Leningradi_Edasi_toimetus, lk 146
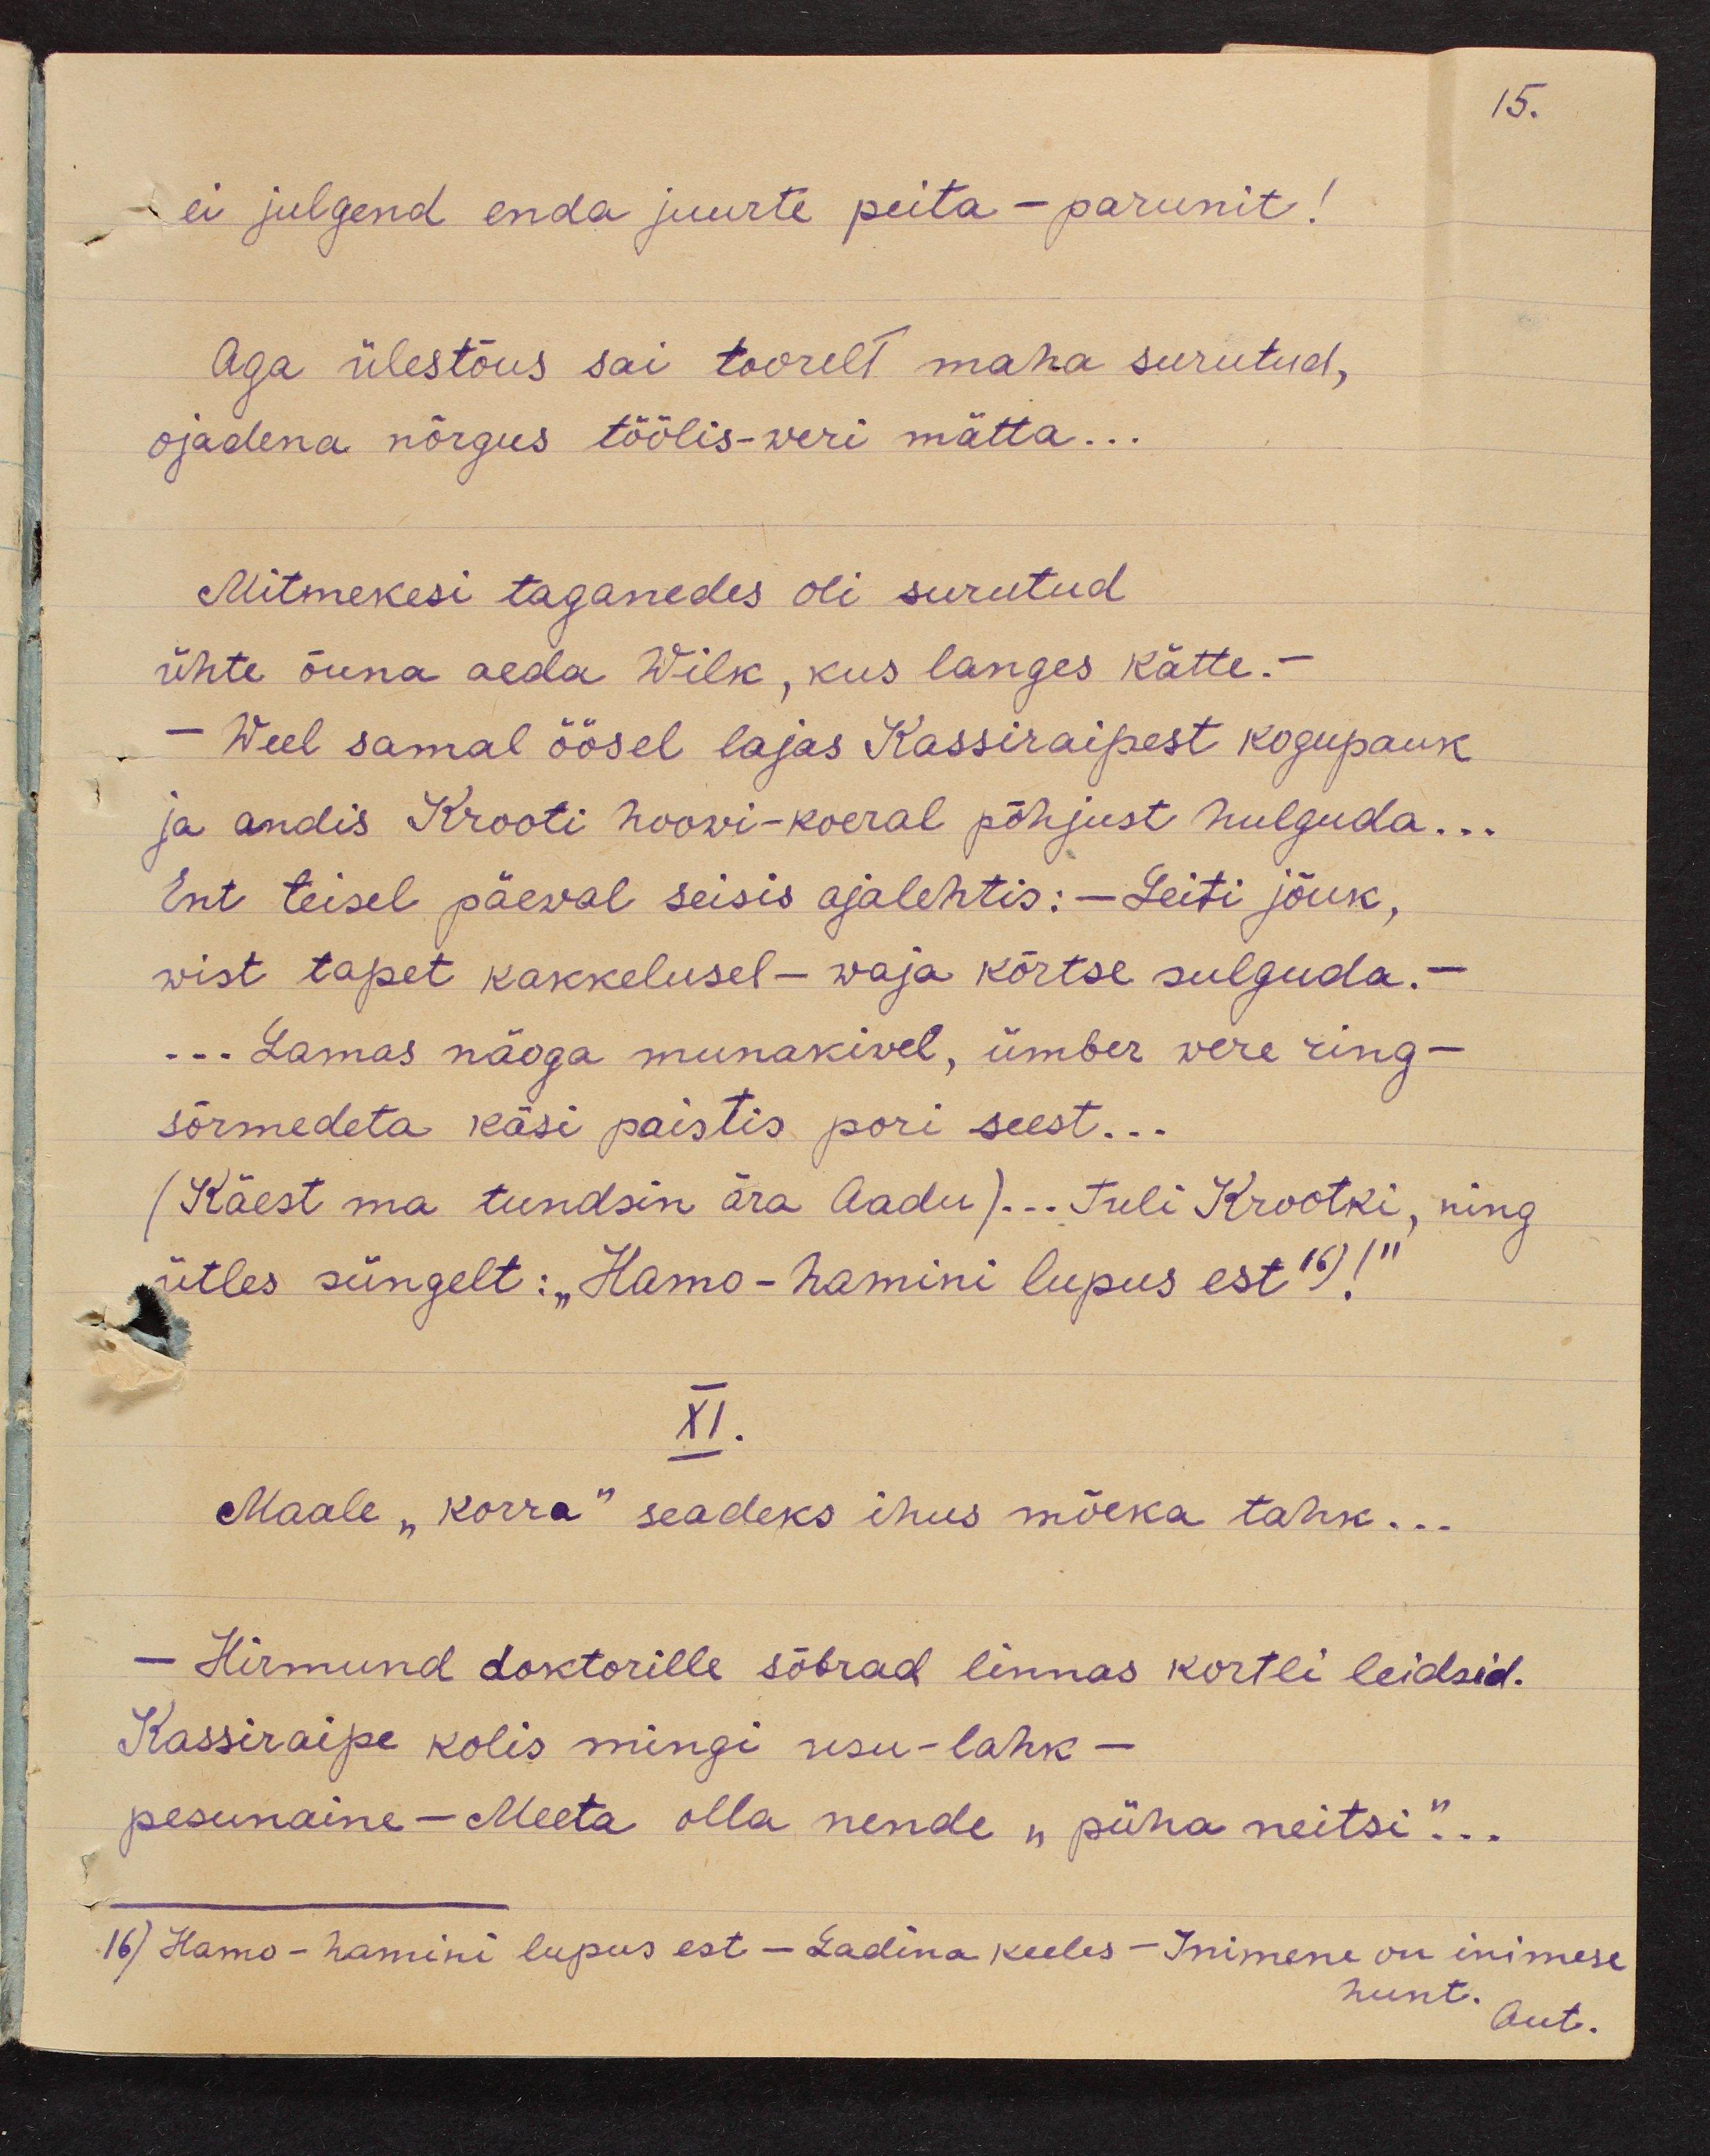
15.

ei julgend enda juurte peita - parunit!
Aga ülestõus sai toorelt maha surutud,
ojadena nõrgus töölis-weri mätta...
Mitmekesi taganedes oli surutud
ühte õuna aeda Wilk, kus langes kätte.-
Weel samal öösel lajas Kassiraipest kogupauk
ja andis Krooti hoovi-koeral põhjust hulguda...
Ent teisel päewal seisis ajalehtis:  - Leiti jõuk,
wist tapet kakkelusel - waja kõrtse sulguda. -
... Lamas näoga munakivel, ümber were ring-
sõrmedeta käsi paistis pori seest...
(Käest ma tundsin ära Aadu).. Tuli Krootki, ning
ütles süngelt: "Homo-homini lupus est 16) !"
XI.
Maale "korra" seadeks ihus mõeka tank...
- Hirmund doktorille sõbrad linnas kortli leidsid.
Kassiraipe kolis mingi usu-lahk -
pesunaine.- Meeta olla nende "püha neitsi..."
16) Homo-homini lupus est - Ladina keeles - Inimene on inimese
hunt.
aut.